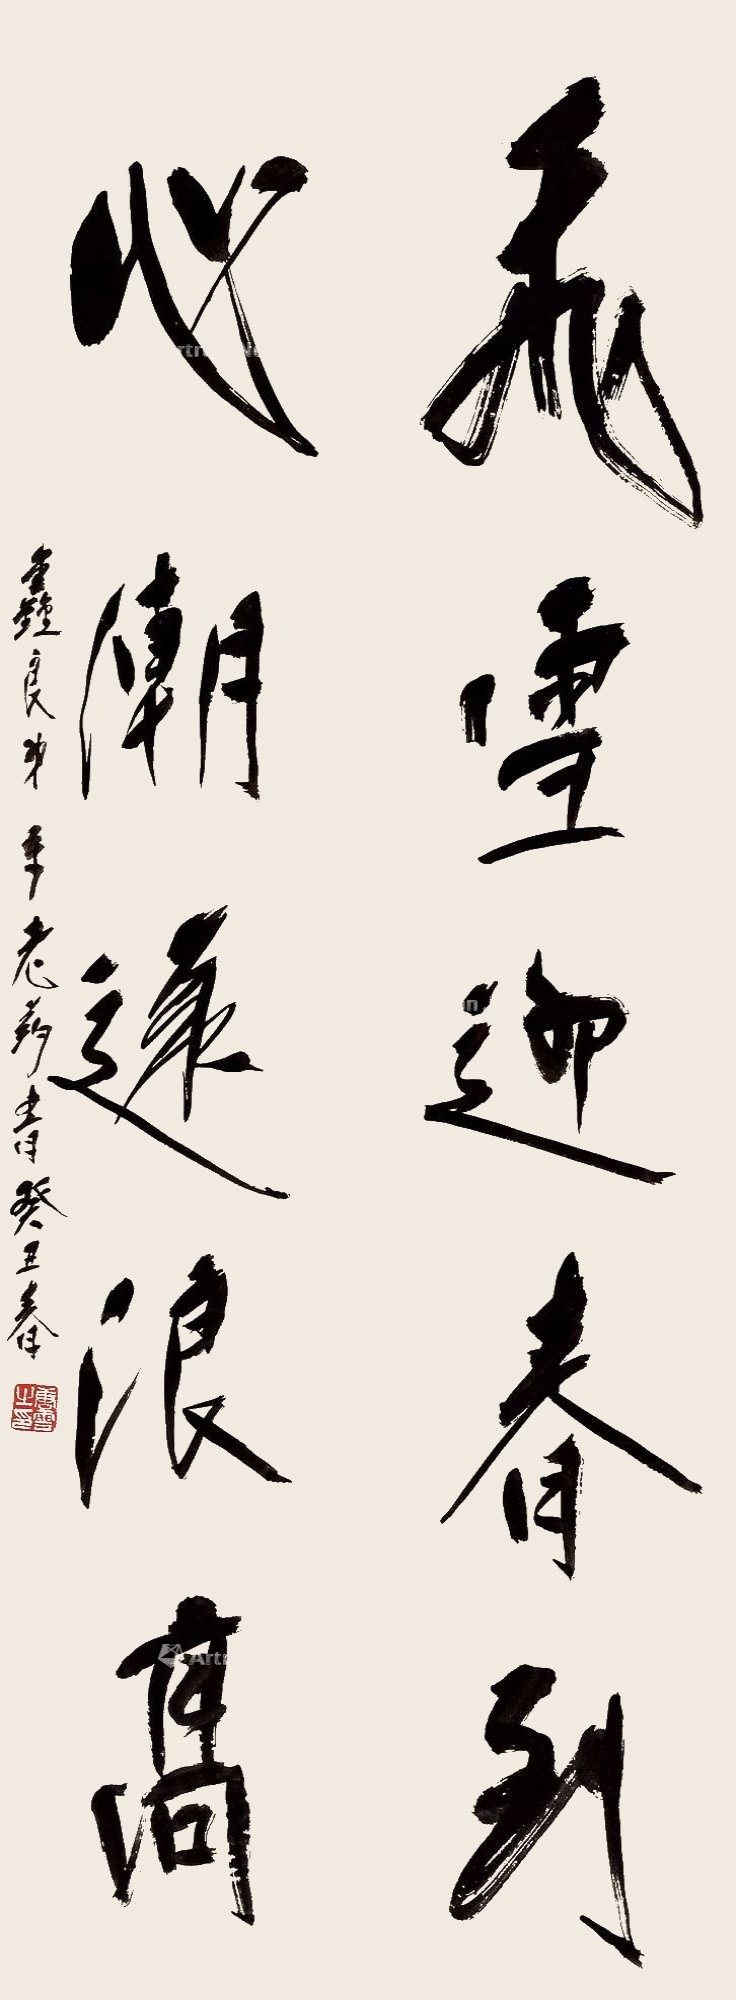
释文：飞雪迎春到，心潮逐浪高。鑫良弟属。老药书，癸丑春。